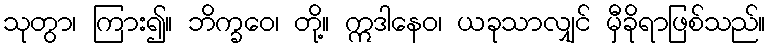
သုတွာ၊ ကြား၍။ ဘိက္ခဝေ၊ တို့။ ဣဒါနေဝ၊ ယခုသာလျှင် မှီခိုရာဖြစ်သည်။